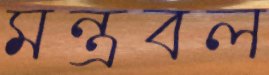
মন্ত্রবল